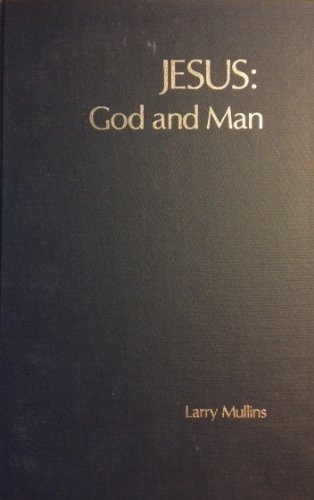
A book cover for Jesus: God and Man; Larry Mullins; Religion & Spirituality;